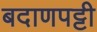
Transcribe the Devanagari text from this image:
बदाणपट्टी